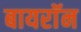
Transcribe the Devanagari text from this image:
बायराॅन